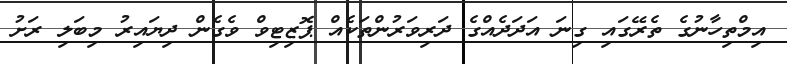
އިމްތިހާނުގެ ތެރޭގައި ގިނަ އަދަދެއްގެ ދަރިވަރުންތަކެއް ޕޮޒިޓިވް ވެގެން ދިޔައިރު މިބަލި ރަށު